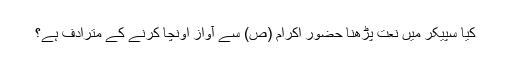
کیا سپیکر میں نعت پڑھنا حضور اکرام (ص) سے آواز اونچا کرنے کے مترادف ہے؟